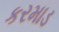
કરમાડ